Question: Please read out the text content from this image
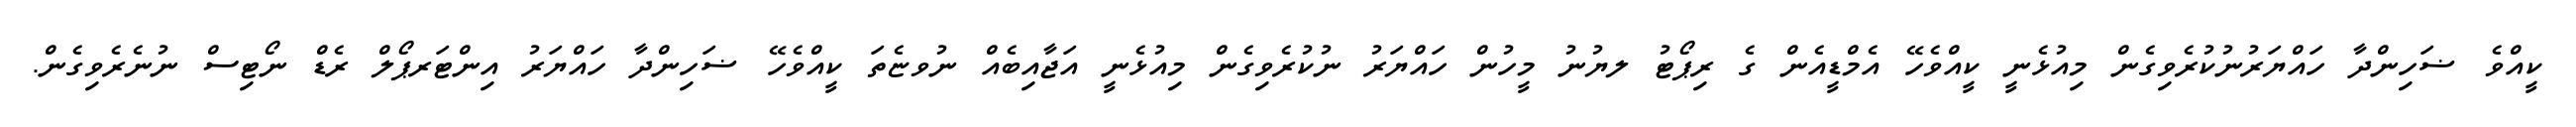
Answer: ކީއްވެ ޟަހިންދާ ހައްޔަރުނުކުރެވިގެން މިއުޅެނީ ކީއްވެހޭ އެމްޑީއެން ގެ ރިޕޯޓު ލޔުނު މީހުން ހައްޔަރު ނުކުރެވިގެން މިއުޅެނީ އަޖާއިބެއް ނުވޏެތަ ކީއްވެހޭ ޟަހިންދާ ހައްޔަރު އިންޓަރޕޯލް ރެޑް ނޯޓިސް ނުނެރެވިގެން.